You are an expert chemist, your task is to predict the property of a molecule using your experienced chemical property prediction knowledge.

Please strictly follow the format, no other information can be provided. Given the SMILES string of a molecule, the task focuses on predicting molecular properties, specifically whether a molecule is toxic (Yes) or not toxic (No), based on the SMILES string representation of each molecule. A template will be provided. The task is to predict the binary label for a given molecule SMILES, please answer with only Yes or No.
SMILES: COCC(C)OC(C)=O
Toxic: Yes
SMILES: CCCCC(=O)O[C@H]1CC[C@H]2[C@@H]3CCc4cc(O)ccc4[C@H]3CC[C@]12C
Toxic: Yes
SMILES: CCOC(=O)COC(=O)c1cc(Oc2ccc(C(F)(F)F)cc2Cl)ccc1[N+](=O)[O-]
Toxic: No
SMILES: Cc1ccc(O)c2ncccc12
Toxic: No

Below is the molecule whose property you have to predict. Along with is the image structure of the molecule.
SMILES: CCN(CC)CCNc1ccc(CNC=O)c2sc3ccc(OC)cc3c(=O)c12
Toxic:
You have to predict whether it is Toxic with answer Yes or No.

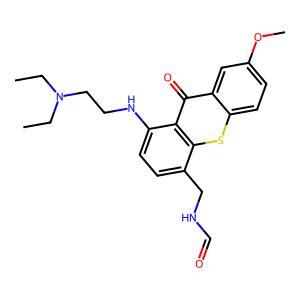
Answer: No